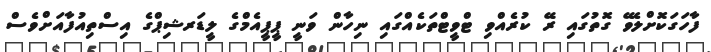
ފާހަގަކޮށްލެވޭ ގޮތުގައި ރޭ ކުރެއްވި ޓްވީޓްތަކެއްގައި ނިހާން ވަނީ ޕީޕީއެމްގެ ލީޑަރޝިޕްގެ އިސްތިއުފާއަށްވެސް